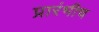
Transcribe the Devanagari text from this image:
प्रारंभीच